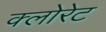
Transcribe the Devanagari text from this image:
क्‍लोरेट